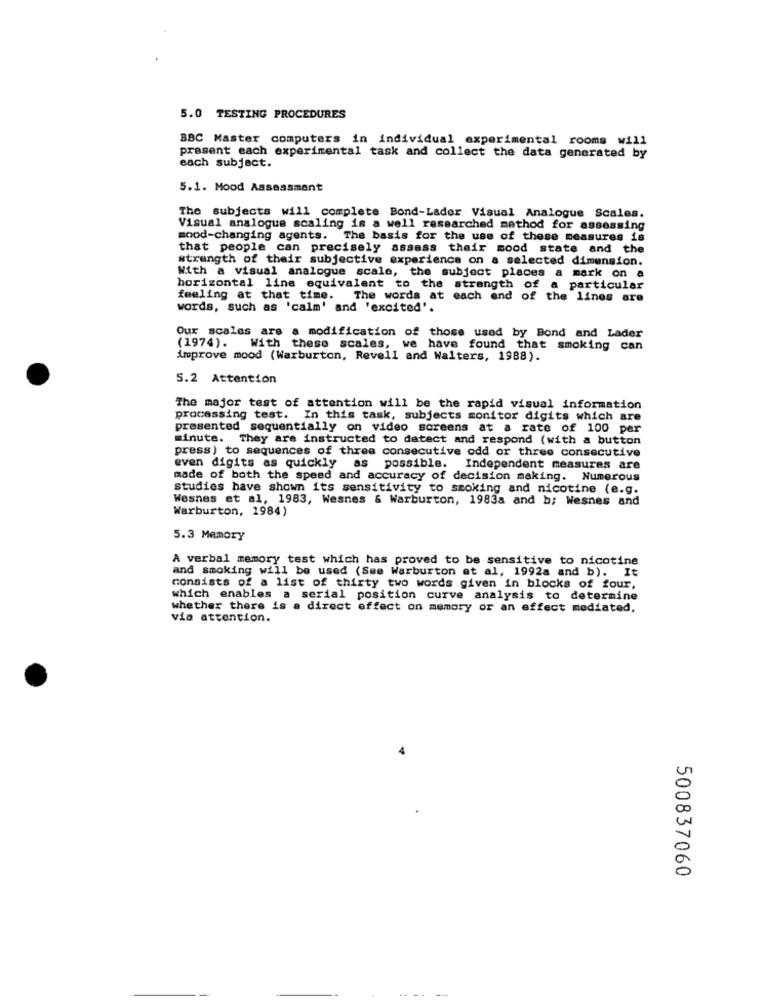
5.0 TESTING PROCEDURES
BBC Master computers in individual experimental rooms will
present each experimental task and collect the data generated by
each subject.
5.1. Mood Assessment
The subjects will complete Bond-Lader Visual Analogue Scales.
Visual analogue scaling is a well researched method for assessing
mood-changing agents. The basis for the use of these measures is
that people can precisely assass their mood state and the
strength of their subjective experience on a selected dimension.
With a visual analogue scale, the subject places a mark on a
horizontal line equivalent to the strength of a particular
feeling at that time. The words at each end of the lines are
words, such as 'calm' and 'excited'.
Our scales are a modification of those used by Bond and Lader
(1974). With these scales, we have found that smoking can
improve mood (Warburton, Revell and Walters, 1988).
5.2 Attention
The major test of attention will be the rapid visual information
processing test. In this task, subjects monitor digits which are
presented sequentially on video screens at a rate of 100 per
minute. They are instructed to datect and respond (with a button
press ) to sequences of three consecutive odd or three consecutive
even digits as quickly as
possible. Independent measures are
made of both the speed and accuracy of decision making. Numerous
studies have shown its sensitivity to smoking and nicotine (e.g.
Wesnes et al, 1983, Wesnes & Warburton, 1983a and b; Nesnes and
Warburton, 1984)
5.3 Memory
A verbal memory test which has proved to be sensitive to nicotine
and smoking will be used (See Warburton at al, 1992a and b). It
consists of a list of thirty two words given in blocks of four,
which enables a serial position curve analysis to determine
whether there is a direct effect on memory or an effect mediated,
via attention.
500837060